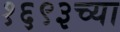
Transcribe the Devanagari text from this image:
१६९३च्या